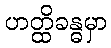
ဟတ္ထိခန္ဓမှာ